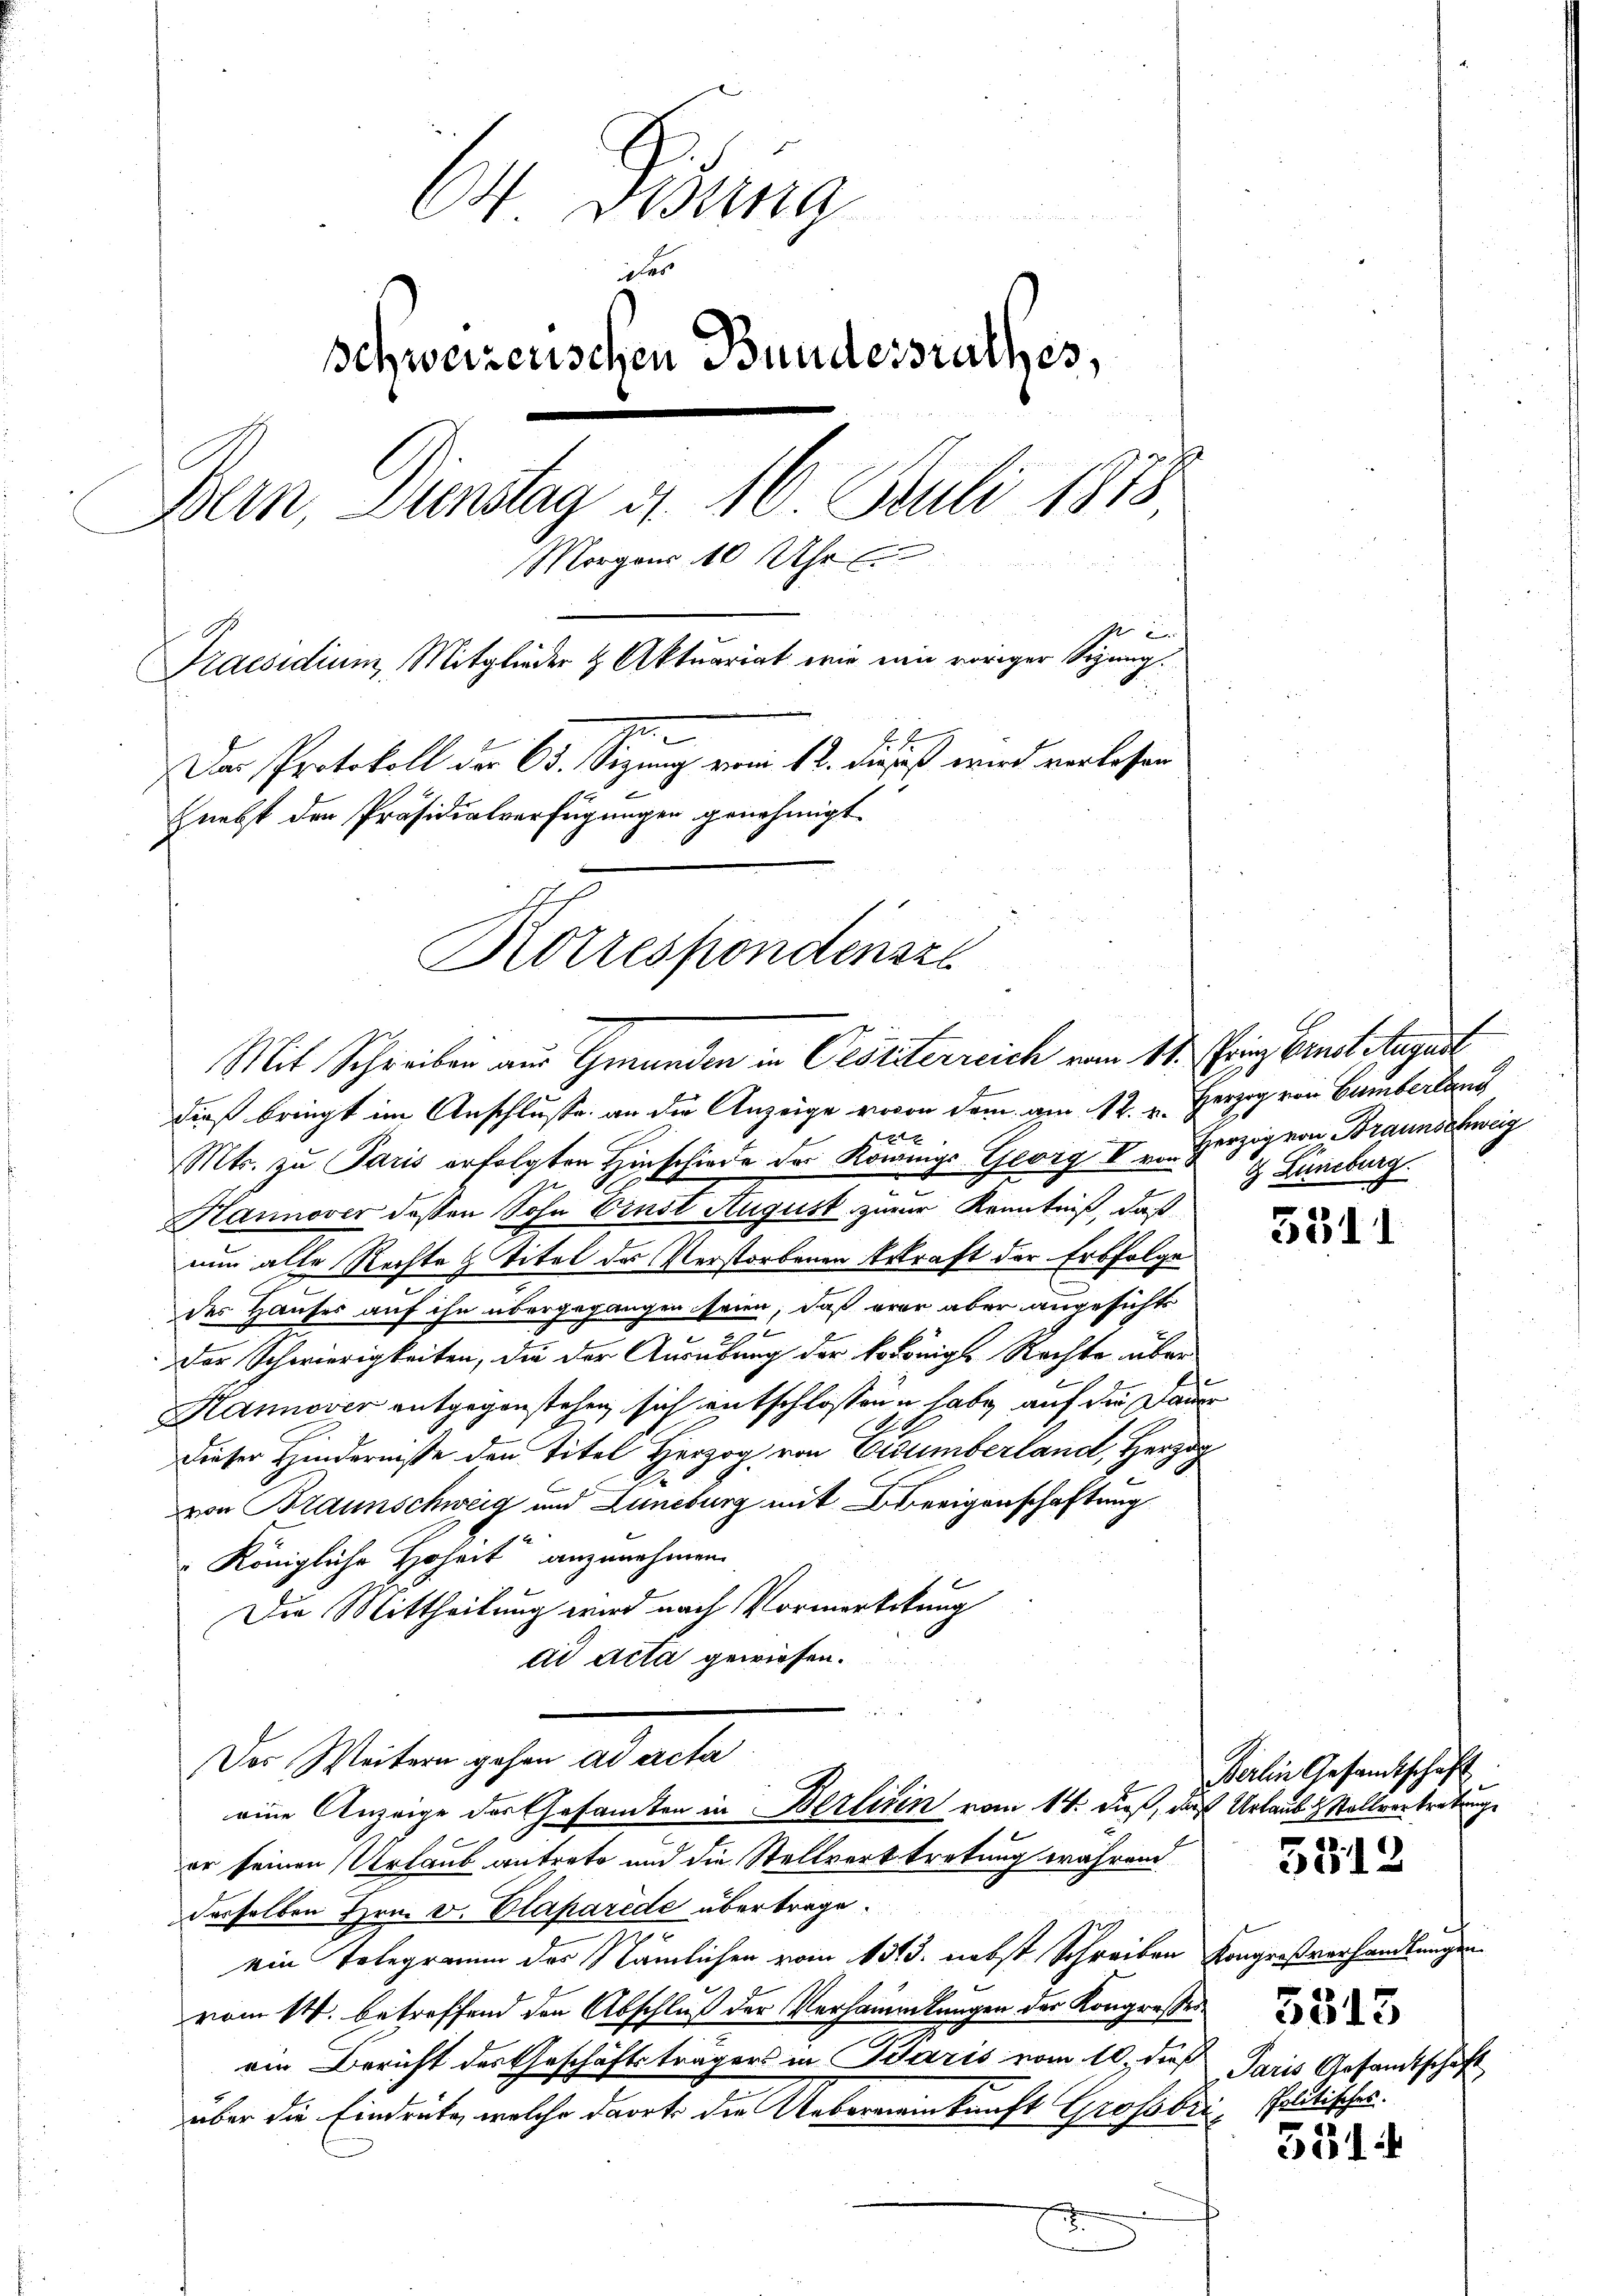
64. Sizung
des
schweizerischen Bundesrathes,
Bern, Dienstag d. 16. Juli 1878
Morgens 10 Uhr
Praesidium, Mitglieder & Aktuariat wie eine voriger Sizung.
m
Das Protokoll der C. Sizung vom 12. die ses wird verlesen
nebst den Präsidialverfügungen genehmigt.
Korrespondensze

Mit Schreiben aus Grunden in Oestiterreich vom 17. Sein Ernst Augart

dieß bringt im Anschlusse an die Anzeige wovon dem am 12. u. Herzog von Cumberlan
x
Mts. zu Paris erfolgten Hinschiede der Konnigs-Georg II u. Herzog von Braunschweig
g
Hannover dessen Sohn Einst August zur Kenntniß, daß
nun alle Rechte 4 Titel des Verstorbenen Erkraft der Erbfolge
des Hauses auf ihn übergegangen seien, daß erer aber angesichte
Der Schwierigkeiten, die der Ausübung der kokönige Rechte über
Hannover entgegenstehen, sich entschlossene habe, auf die Dauer
dieser Hinderniße den Titel Herzog von Eidumberland, Herzog
von Braunschweig und Lüneburg mit Berigenschaftung
 Königliche Hoheit anzunehmen.
Die Mittheilung wird nach Vormerkckung
ad Acta gewiesen.
Der Weitern gehen ad acta
eine Anzeige des Gesamten in Berlinen vom 14. dieß, das Urlaub & Stellvertretung
er seinen Urlaub antrete und die Stellvertretung während
desselben Hrn. v. Plaparéde übertrage.
.
ein Telegramm der Nämlichen vom 1313. nebst Schreiben Kongreßverhandlungen
vom 14. betreffend den Abschluß der Versammlungen der Kongresses.
ein Bericht des Geschäftsträgers in Paris vom 10. dieß Paris Gesandtschaft
über die Eindrucke, welche darrt die Uebereinkunft Großbri seitisches.

1
& Lüneburg.

531)

Berlin Gesandtschäft.

5312

5815

5314